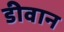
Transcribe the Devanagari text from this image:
डीवान